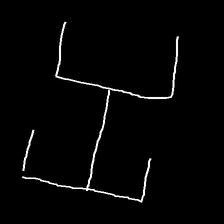
Glyph: entwine